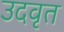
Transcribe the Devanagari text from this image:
उदवृत